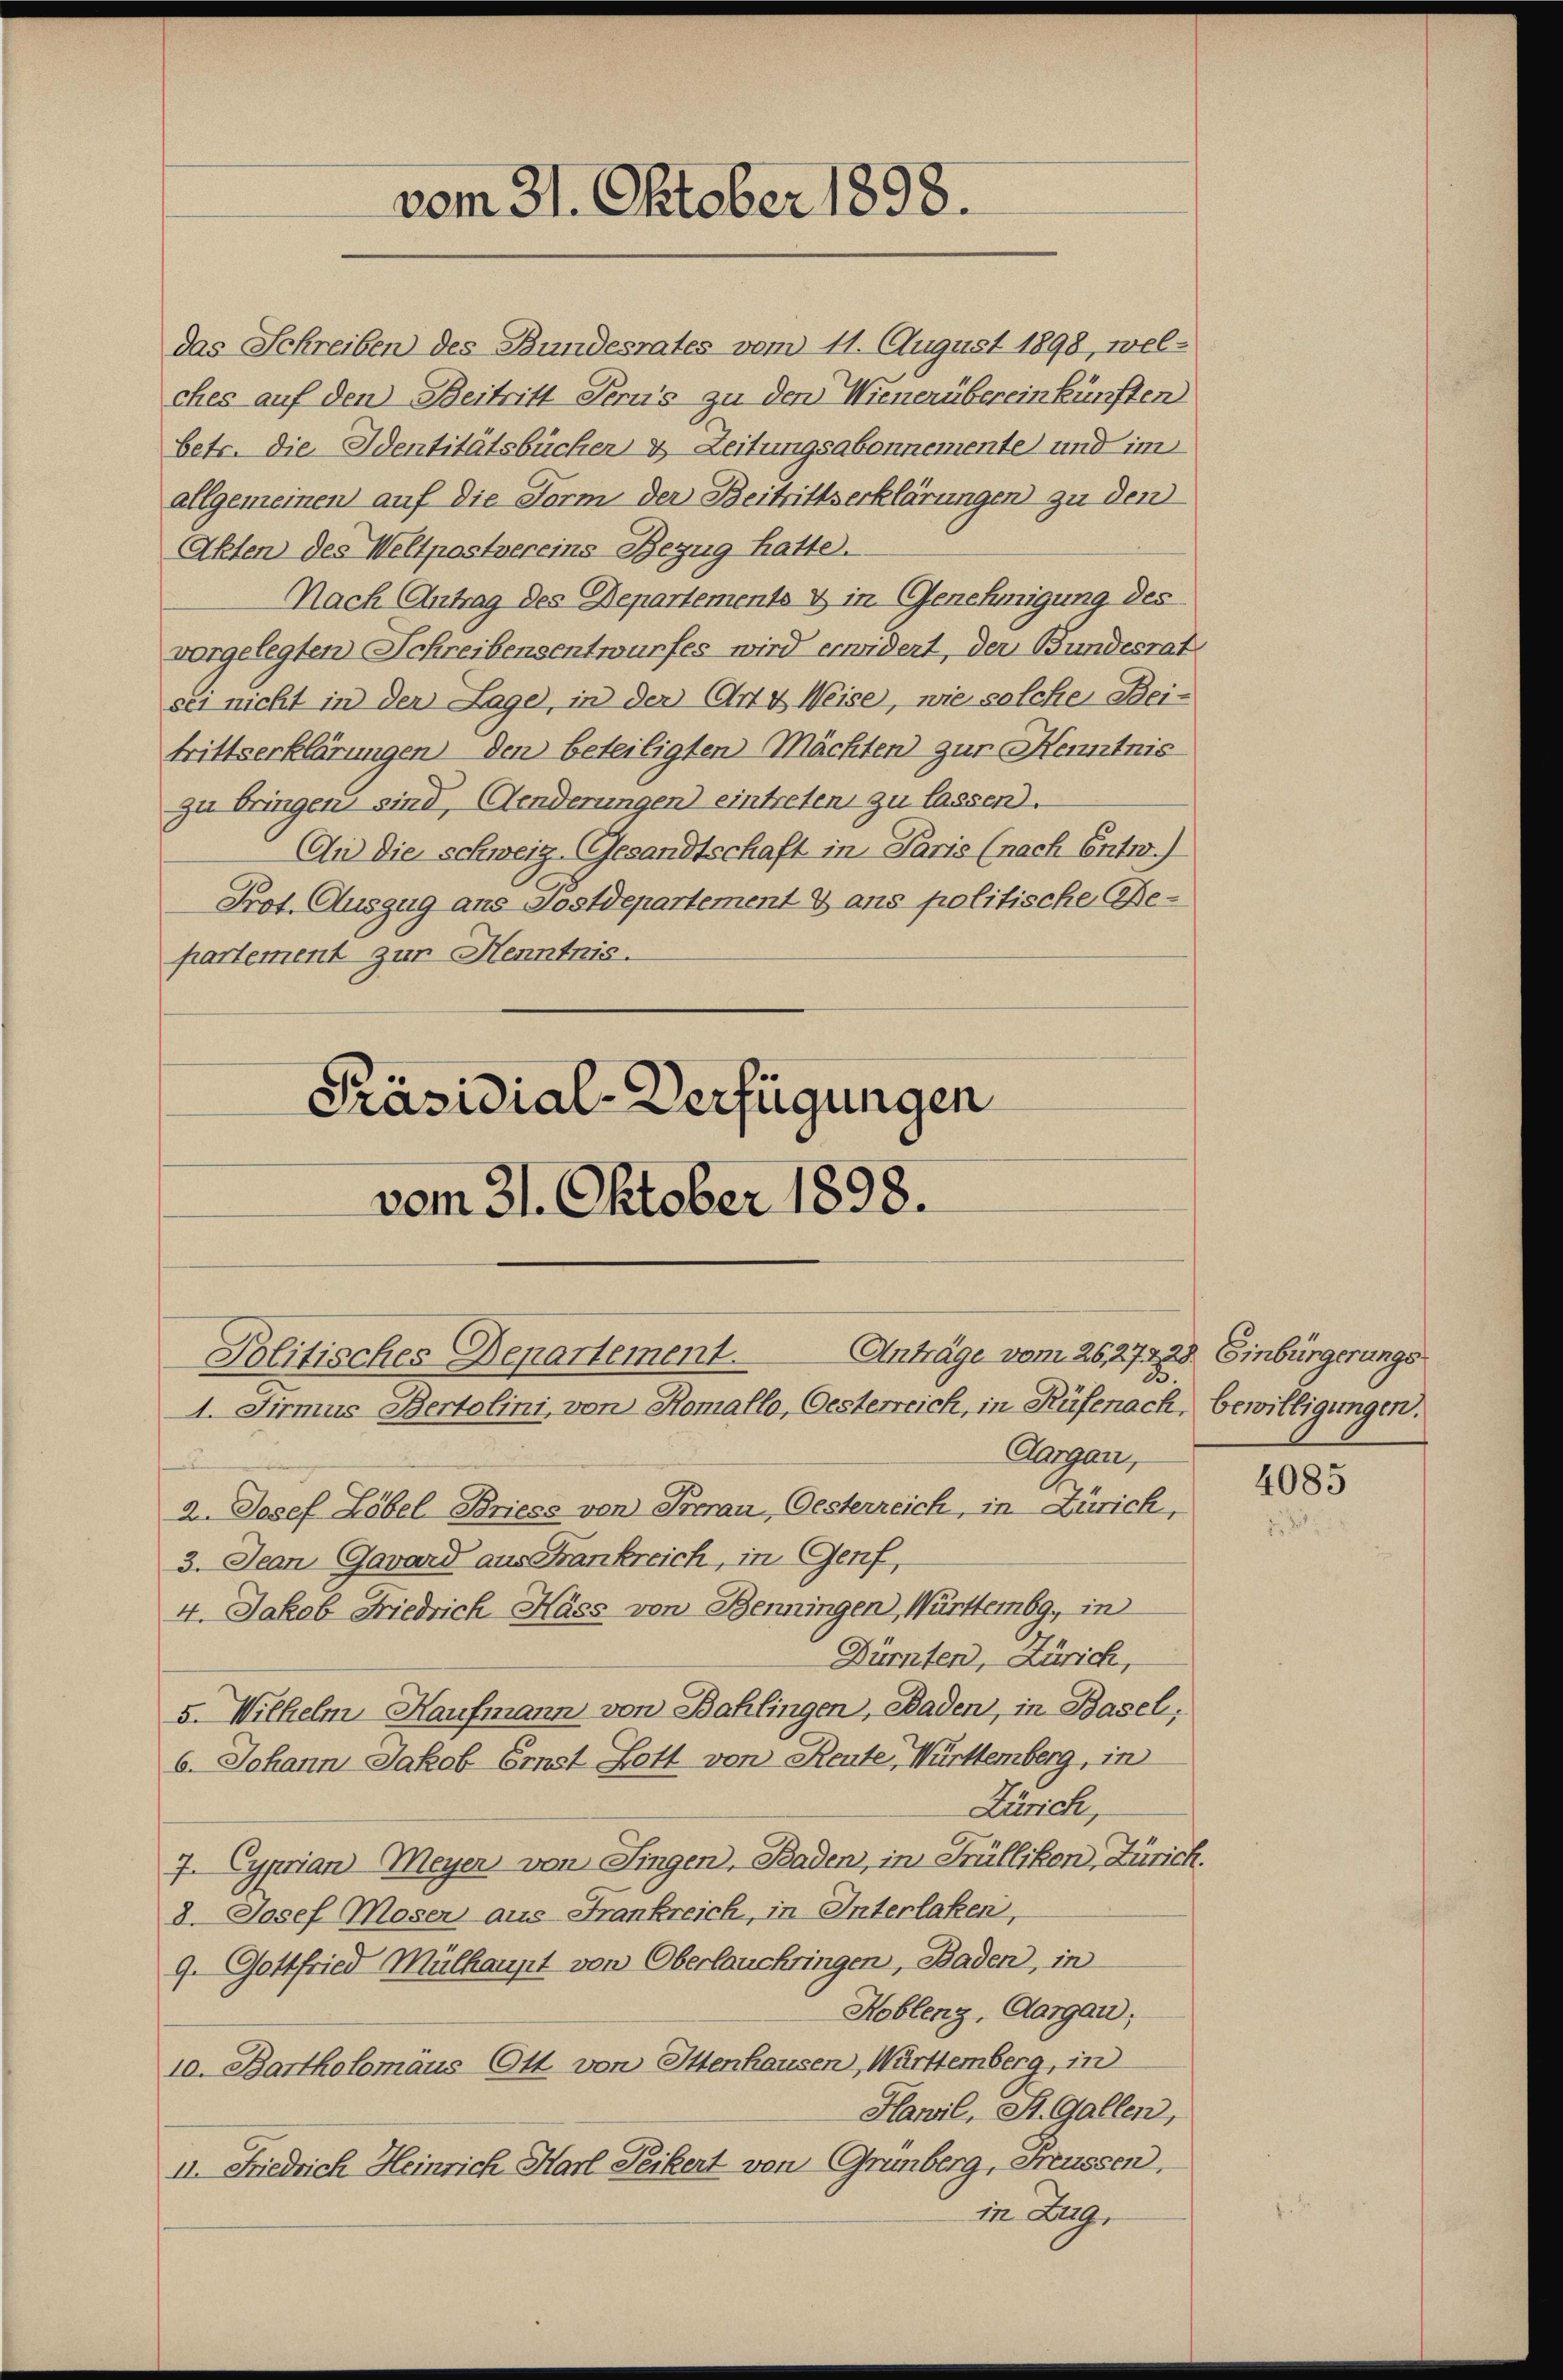
vom 31. Oktober 1898.

das Schreiben des Bundesrates vom 11. August 1898, welches auf den Beitritt Jerus zu den Wienerübereinkünften
betr. die Identitätsbücher & Zeitungsabonnemente und im
allgemeinen auf die Form der Beitrittserklärungen zu den
Allen des Weltpostvereins Bezug hatte.
Nach Antrag des Departements & in Genehmigung des
vorgelegten Schreibensentwurfes wird erwidert, der Bundesrat
sei nicht in den Lage, in der Art. Weise, wie solche Beitrittserklärungen den beteiligten Mächten zur Kenntnis
zu bringen sind, Aenderungen eintreten zu lassen.
An die schweiz. Gesandtschaft in Paris (nach Entw.)
Prot. Auszug aus Sostdepartement & ans politische Bepartement zur Henntnis.

Politisches Departement
A. Firmus Bertolini, von Romallo, Oesterreich, in Rüfenach, bewilligungen.

Aargau,
2. Josef Löbel Briess von Berau, Gesterreich, in Zürich,
3. Jean Gavard aus Frankreich, in Genf,
4. Jakob Friedrich Hass von Benningen), Württembg, in
Dürnten, Zürich,
5. Wilhelm Haufmann von Bahlingen, Baden, in Basel,
6. Johann Jakob Ernst Bett von Reute, Württemberg, in
Zürich,
7. Cyprian Meyen, von Singen, Baden, in Früllikon, Zürich.
8. Josef Moser aus Frankreich, in Interlaken,
9. Gottfried Mülhaupt von Oberlauchringen, Baden, in
Koblenz, Aargau,
10. Bartholomäus Ott von Ittenhausen, Württemberg, in
Hawil, St. Gallen,
II. Friedrich Heinrich Harl Peikert von Grünberg, Freussen.
in Zug,

Präsidial-Verfügungen
vom 31. Oktober 1898.

Anträge vom 26,27428. Einbürgerungs

4085